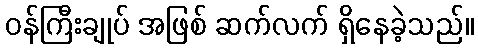
ဝန်ကြီးချုပ် အဖြစ် ဆက်လက် ရှိနေခဲ့သည်။